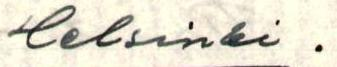
Helsinki .